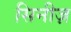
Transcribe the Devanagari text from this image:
सिनीज़